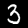
Label: 3